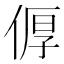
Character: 𪝐